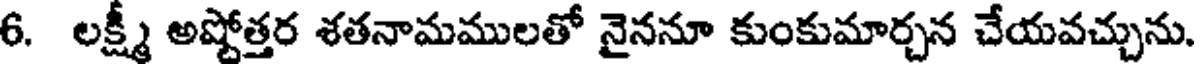
6. లక్ష్మీ అష్టోత్తర శతనామములతో నైననూ కుంకుమార్చన చేయవచ్చును.